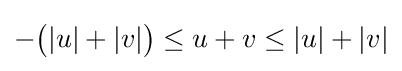
-{\bigl (}|u|+|v|{\bigr )}\leq u+v\leq |u|+|v|